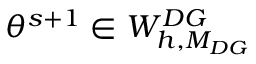
\theta ^ { s + 1 } \in W _ { h , M _ { D G } } ^ { D G }